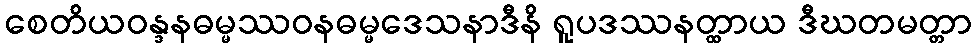
စေတိယဝန္ဒနဓမ္မဿဝနဓမ္မဒေသနာဒီနိ ရူပဒဿနတ္ထာယ ဒီဃတမတ္တာ